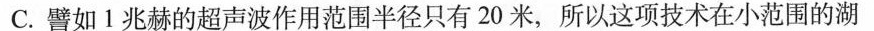
C.譬如1兆赫的超声波作用范围半径只有20米，所以这项技术在小范围的湖